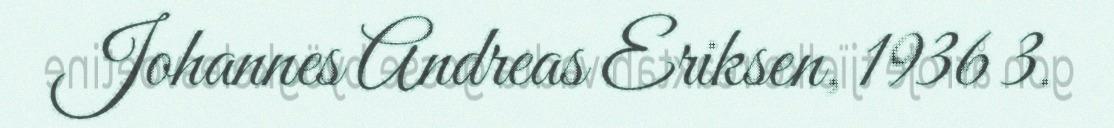
Johannes Andreas Eriksen, 1936 3.